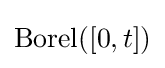
\mathrm {Borel} ([0,t])